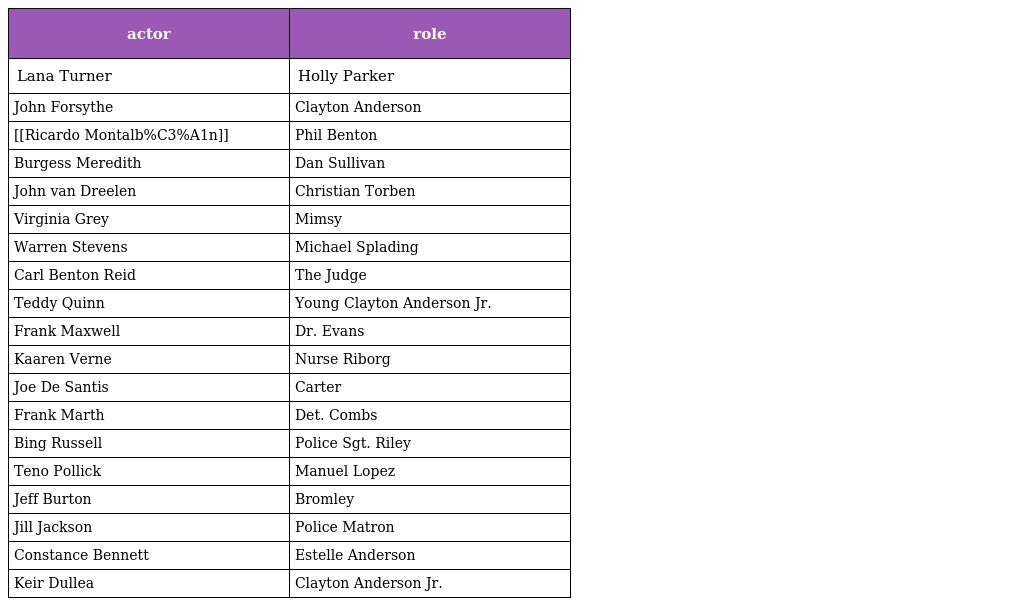
| actor | role |
 | --- | --- |
 | Lana Turner | Holly Parker |
 | John Forsythe | Clayton Anderson |
 | [[Ricardo Montalb%C3%A1n]] | Phil Benton |
 | Burgess Meredith | Dan Sullivan |
 | John van Dreelen | Christian Torben |
 | Virginia Grey | Mimsy |
 | Warren Stevens | Michael Splading |
 | Carl Benton Reid | The Judge |
 | Teddy Quinn | Young Clayton Anderson Jr. |
 | Frank Maxwell | Dr. Evans |
 | Kaaren Verne | Nurse Riborg |
 | Joe De Santis | Carter |
 | Frank Marth | Det. Combs |
 | Bing Russell | Police Sgt. Riley |
 | Teno Pollick | Manuel Lopez |
 | Jeff Burton | Bromley |
 | Jill Jackson | Police Matron |
 | Constance Bennett | Estelle Anderson |
 | Keir Dullea | Clayton Anderson Jr. |